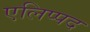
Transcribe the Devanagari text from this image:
एलिप्पद